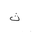
Letter: _tha